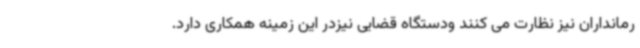
رمانداران نیز نظارت می کنند ودستگاه قضایی نیزدر این زمینه همکاری دارد.